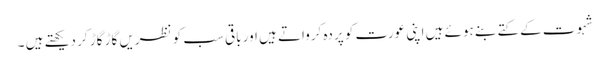
شہوت کے کتے بنے ہوئے ہیں اپنی عورت کو پردہ کرواتے ہیں اور باقی سب کو نظریں گاڑ گاڑ کر دیکھتے ہیں ۔